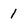
Character: 1